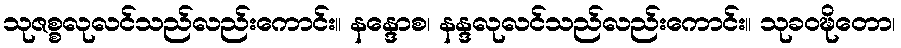
သုဇစ္စလုလင်သည်လည်းကောင်း။ နန္ဒောစ၊ နန္ဒလုလင်သည်လည်းကောင်း။ သုခဝဍ္ဎိတော၊